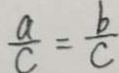
\frac { a } { c } = \frac { b } { c }